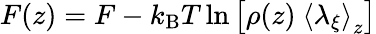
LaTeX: F(z)=F-k_{\mathrm{B}}T\ln\left[\rho(z)\ \left<\lambda_{\xi}\right>_{z}\right]